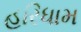
હરિધામ